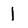
Character: 1